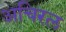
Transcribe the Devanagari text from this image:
अचिरल